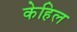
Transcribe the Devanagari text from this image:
केहिल